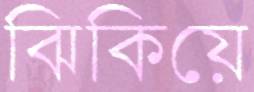
ঝিকিয়ে